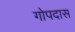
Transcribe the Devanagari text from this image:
गोपदास